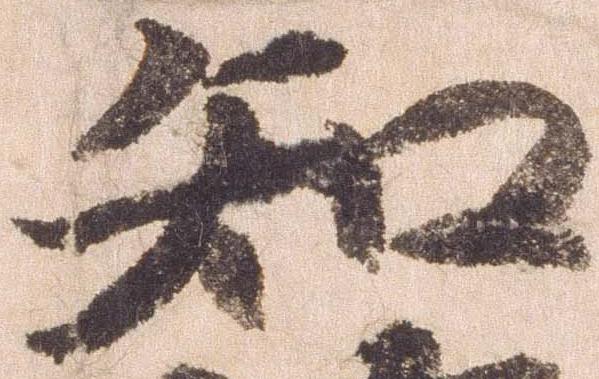
知